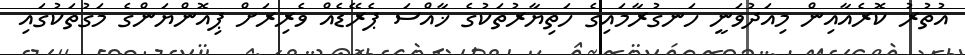
އުތުރު ކޮރެއާއިން މިއަދުވަނީ ހަނގުރާމައިގެ ހަތިޔާރުތަކުގެ ޚާއްސަ ޕެރޭޑެއް ވެރިރަށް ޕިއޮންޔަންގެ މަގުތަކުގައި